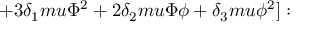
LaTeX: + 3 \delta _ { 1 } m u \Phi ^ { 2 } + 2 \delta _ { 2 } m u \Phi \phi + \delta _ { 3 } m u \phi ^ { 2 } ] :